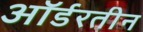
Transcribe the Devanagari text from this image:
ऑर्डरतीन